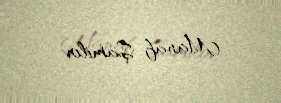
Manaf Şamilov